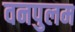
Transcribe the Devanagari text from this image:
वनपुलम